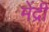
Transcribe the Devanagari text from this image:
मेंद्री